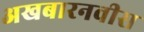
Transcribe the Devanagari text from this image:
अखबारनवीस